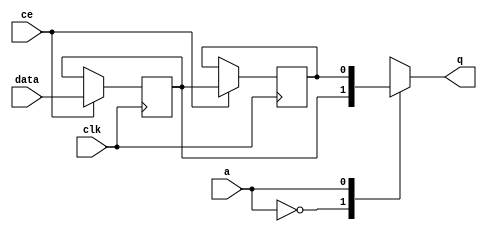
// ==============================================================
// Vitis HLS - High-Level Synthesis from C, C++ and OpenCL v2020.2 (64-bit)
// Copyright 1986-2020 Xilinx, Inc. All Rights Reserved.
// ==============================================================

`timescale 1 ns / 1 ps

module hyperloglog_top_start_for_bz_detector_6_U0_shiftReg (
    clk,
    data,
    ce,
    a,
    q);

parameter DATA_WIDTH = 32'd1;
parameter ADDR_WIDTH = 32'd1;
parameter DEPTH = 2'd2;

input clk;
input [DATA_WIDTH-1:0] data;
input ce;
input [ADDR_WIDTH-1:0] a;
output [DATA_WIDTH-1:0] q;

reg[DATA_WIDTH-1:0] SRL_SIG [0:DEPTH-1];
integer i;

always @ (posedge clk)
    begin
        if (ce)
        begin
            for (i=0;i<DEPTH-1;i=i+1)
                SRL_SIG[i+1] <= SRL_SIG[i];
            SRL_SIG[0] <= data;
        end
    end

assign q = SRL_SIG[a];

endmodule

module hyperloglog_top_start_for_bz_detector_6_U0 (
    clk,
    reset,
    if_empty_n,
    if_read_ce,
    if_read,
    if_dout,
    if_full_n,
    if_write_ce,
    if_write,
    if_din);

parameter MEM_STYLE   = "shiftreg";
parameter DATA_WIDTH  = 32'd1;
parameter ADDR_WIDTH  = 32'd1;
parameter DEPTH       = 2'd2;

input clk;
input reset;
output if_empty_n;
input if_read_ce;
input if_read;
output[DATA_WIDTH - 1:0] if_dout;
output if_full_n;
input if_write_ce;
input if_write;
input[DATA_WIDTH - 1:0] if_din;

wire[ADDR_WIDTH - 1:0] shiftReg_addr ;
wire[DATA_WIDTH - 1:0] shiftReg_data, shiftReg_q;
wire                     shiftReg_ce;
reg[ADDR_WIDTH:0] mOutPtr = ~{(ADDR_WIDTH+1){1'b0}};
reg internal_empty_n = 0;
reg internal_full_n = 1;

assign if_full_n = internal_full_n;
assign if_empty_n = internal_empty_n;
assign shiftReg_data = if_din;
assign if_dout = shiftReg_q;

always @ (posedge clk) begin
    if (reset == 1'b1)
    begin
        mOutPtr <= ~{ADDR_WIDTH+1{1'b0}};
        internal_empty_n <= 1'b0;
        internal_full_n <= 1'b1;
    end
    else begin
        if (((if_read & if_read_ce) == 1 & internal_empty_n == 1) && 
            ((if_write & if_write_ce) == 0 | internal_full_n == 0))
        begin
            mOutPtr <= mOutPtr - 2'd1;
            if (mOutPtr == 2'd0)
                internal_empty_n <= 1'b0;
            internal_full_n <= 1'b1;
        end 
        else if (((if_read & if_read_ce) == 0 | internal_empty_n == 0) && 
            ((if_write & if_write_ce) == 1 & internal_full_n == 1))
        begin
            mOutPtr <= mOutPtr + 2'd1;
            internal_empty_n <= 1'b1;
            if (mOutPtr == DEPTH - 2'd2)
                internal_full_n <= 1'b0;
        end 
    end
end

assign shiftReg_addr = mOutPtr[ADDR_WIDTH] == 1'b0 ? mOutPtr[ADDR_WIDTH-1:0]:{ADDR_WIDTH{1'b0}};
assign shiftReg_ce = (if_write & if_write_ce) & internal_full_n;

hyperloglog_top_start_for_bz_detector_6_U0_shiftReg 
#(
    .DATA_WIDTH(DATA_WIDTH),
    .ADDR_WIDTH(ADDR_WIDTH),
    .DEPTH(DEPTH))
U_hyperloglog_top_start_for_bz_detector_6_U0_ram (
    .clk(clk),
    .data(shiftReg_data),
    .ce(shiftReg_ce),
    .a(shiftReg_addr),
    .q(shiftReg_q));

endmodule